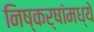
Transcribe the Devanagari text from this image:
निष्कर्षांमध्ये